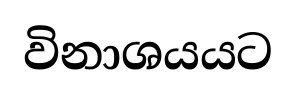
විනාශයයට